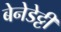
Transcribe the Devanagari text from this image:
बेनेडेट्टी